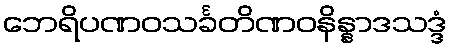
ဘေရိပဏဝသင်္ခတိဏဝနိန္နာဒသဒ္ဒံ